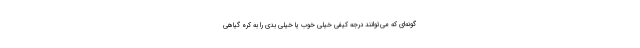
گونه‌ای که می‌توانند درجه کیفی خیلی خوب یا خیلی بدی را به کره گیاهی